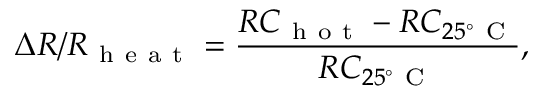
\Delta R / R _ { \mathrm { ~ h ~ e ~ a ~ t ~ } } = \frac { R C _ { \mathrm { ~ h ~ o ~ t ~ } } - R C _ { 2 5 ^ { \circ } \mathrm { ~ C ~ } } } { R C _ { 2 5 ^ { \circ } \mathrm { ~ C ~ } } } ,